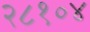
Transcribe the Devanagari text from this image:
२८१०४